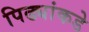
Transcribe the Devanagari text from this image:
पिढ्यांकडे